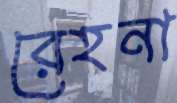
রেহনা